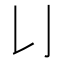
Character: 𠄍